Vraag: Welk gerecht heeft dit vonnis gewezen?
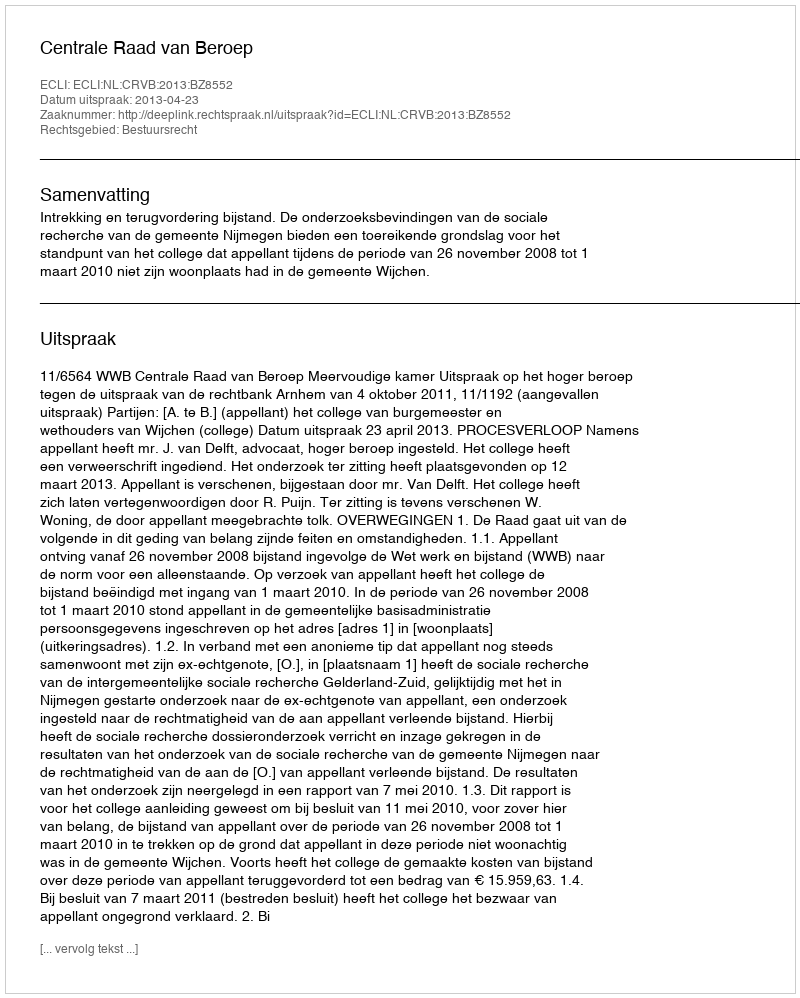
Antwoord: Centrale Raad van Beroep